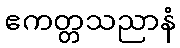
ဧကတ္တသညာနံ